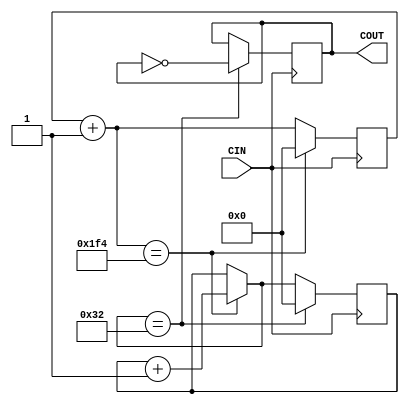
`timescale 1ns / 1ps
//////////////////////////////////////////////////////////////////////////////////
// Company: 
// Engineer: 
// 
// Design Name: 
// Module Name:    divide_to_100k_CLK 
// Project Name: 
// Target Devices: 
// Tool versions: 
// Description: 
//
// Dependencies: 
//
// Revision: 
// Revision 0.01 - File Created
// Additional Comments: 
//
//////////////////////////////////////////////////////////////////////////////////
module divide_to_100k_CLK(
  CIN,COUT);

input CIN;
output COUT;

reg [8:0] count;
reg [8:0] count_1;
reg COUT;

initial
	begin
		count<=0;
		count_1<=0;
		COUT<=0;
end

always @(posedge CIN)
	begin
	count=count+1;
	if(count==500)
		begin
		count_1=count_1 + 1;		
		count=0;
	end
	else;
	if(count_1==50)
		begin
		COUT=!COUT;
		count_1=0;
	end
	else;
end


endmodule